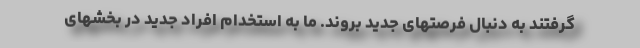
گرفتند به دنبال فرصتهای جدید بروند. ما به استخدام افراد جدید در بخشهای